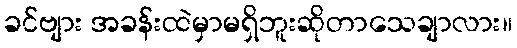
ခင်ဗျား အခန်းထဲမှာမရှိဘူးဆိုတာသေချာလား။